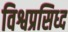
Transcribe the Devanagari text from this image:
विश्वप्रसिध्द